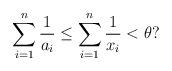
LaTeX: \begin{align*} \sum_{i=1}^n \frac{1}{a_i} \leq \sum_{i=1}^n \frac{1}{x_i} < \theta?\end{align*}